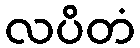
လပိတံ